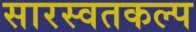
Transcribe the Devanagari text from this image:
सारस्वतकल्प